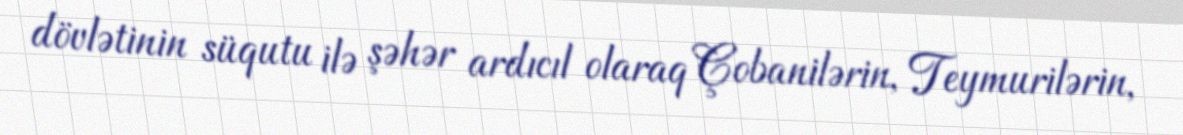
dövlətinin süqutu ilə şəhər ardıcıl olaraq Çobanilərin, Teymurilərin,